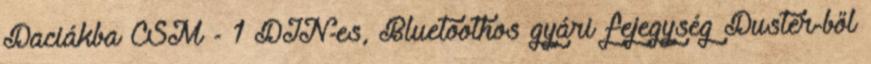
Daciákba CSM - 1 DIN-es, Bluetoothos gyári fejegység Duster-ből